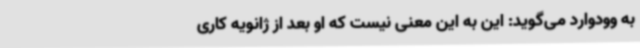
به وودوارد می‌گوید: این به این معنی نیست که او بعد از ژانویه کاری